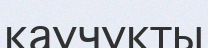
каучукты